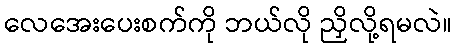
လေအေးပေးစက်ကို ဘယ်လို ညှိလို့ရမလဲ။